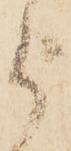
被